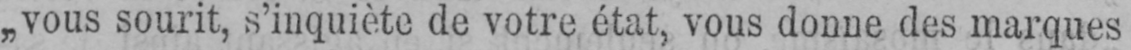
„vous sourit, s’inquiète de votre état, vous donne des marques